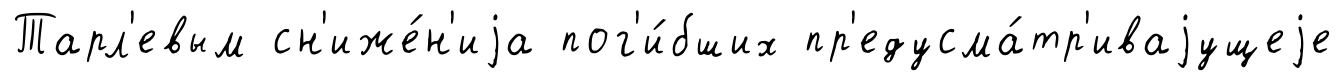
Тарл'евым сн'иже́н'иjа пог'и́бших пр'едусма́тр'иваjущеjе